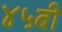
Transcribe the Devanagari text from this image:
४५बी